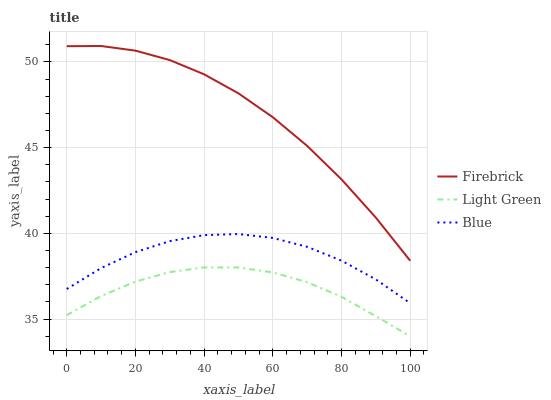
| xaxis_label | Firebrick | Light Green | Blue |
 | --- | --- | --- | --- |
 | 0 | 50.9 | 35.2 | 36.8 |
 | 10 | 50.9 | 36.3 | 38 |
 | 20 | 50.7 | 37.2 | 38.9 |
 | 30 | 50.1 | 37.7 | 39.5 |
 | 40 | 49.3 | 38 | 39.9 |
 | 50 | 48.2 | 38 | 40 |
 | 60 | 46.8 | 37.7 | 39.7 |
 | 70 | 45.1 | 37.2 | 39.2 |
 | 80 | 43.1 | 36.3 | 38.4 |
 | 90 | 40.9 | 35.2 | 37.3 |
 | 100 | 38.4 | 34 | 35.9 |